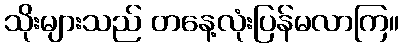
သိုးများသည် တနေ့လုံးပြန်မလာကြ။